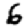
Digit: 6